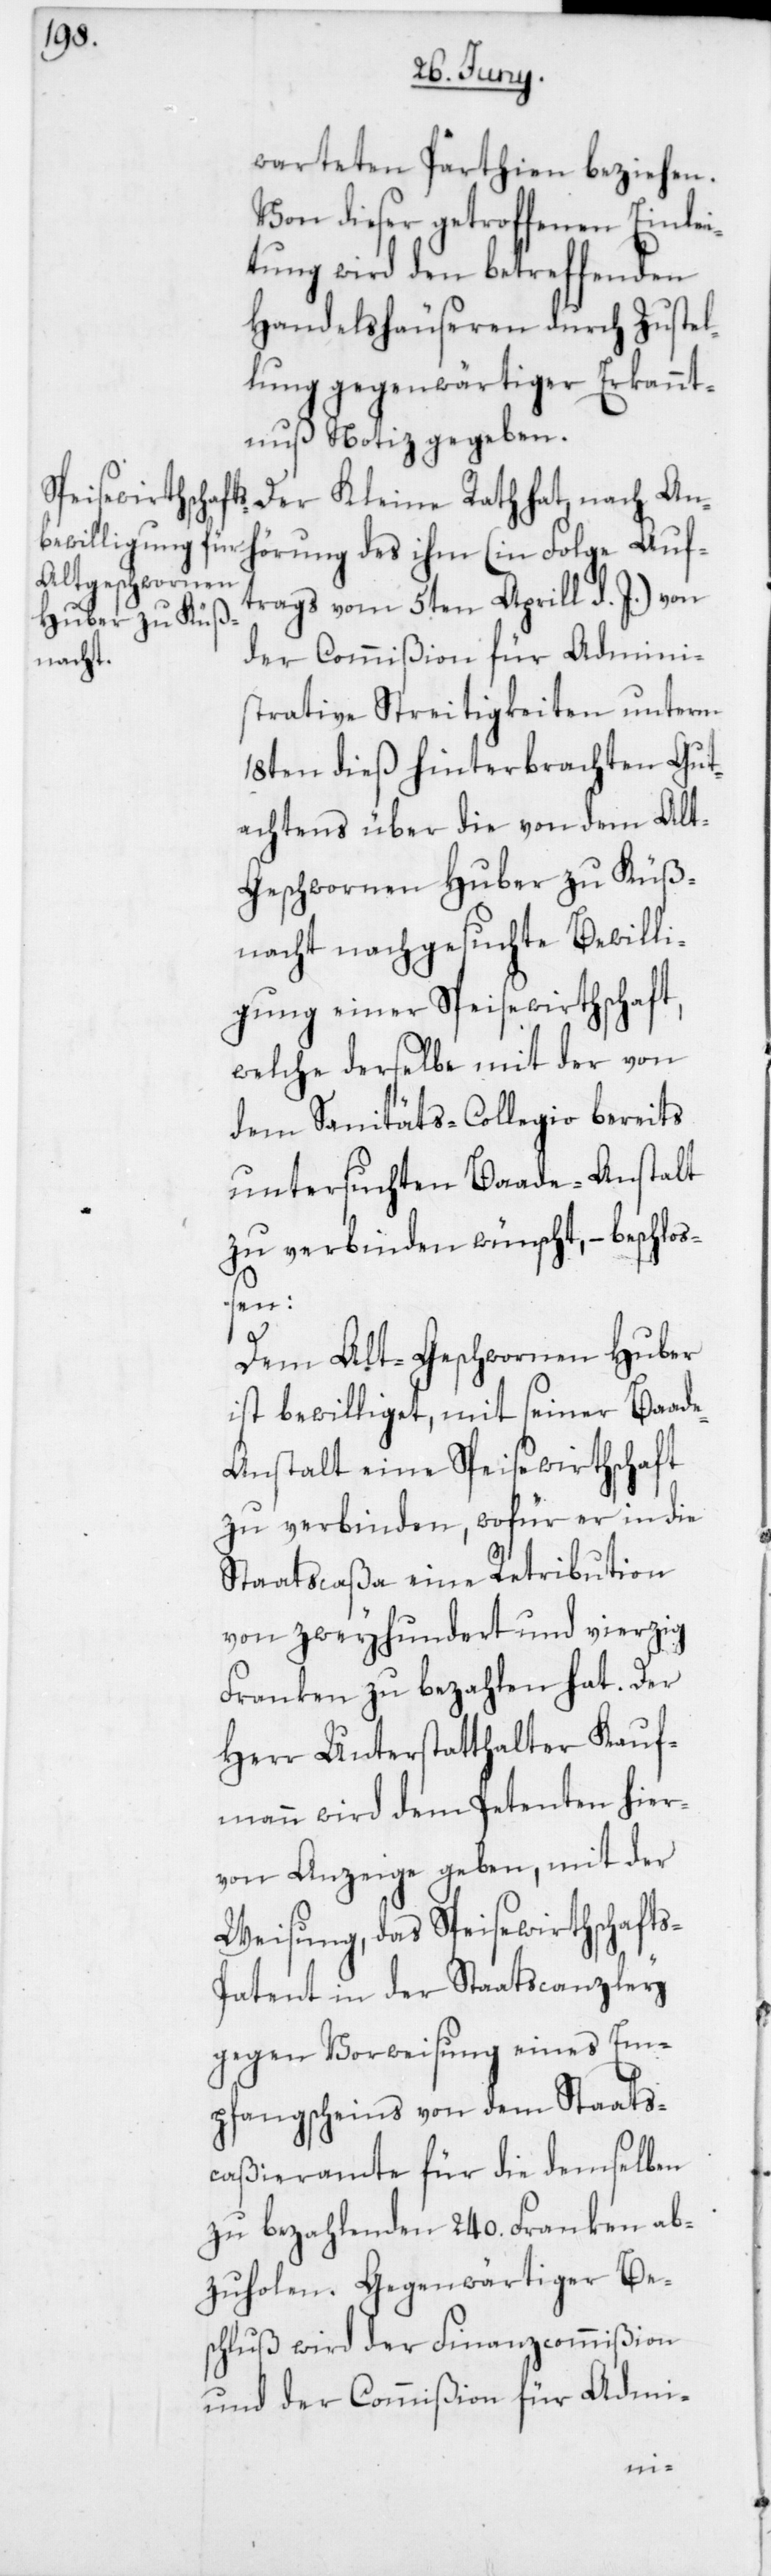
warteten Parthien beziehen.
Von dieser getroffenen Einlei¬
tung wird den betreffenden
Handelshäuseren durch Zustel¬
lung gegenwärtiger Erkannt¬
nuß Notiz gegeben.
Der Kleine Rath hat nach An¬
hörung des ihm (in Folge Auf¬
trags vom 5ten Aprill d. J.) von
der Commißion für Admini¬
strative Streitigkeiten unterm
18ten dieß hinterbrachten Gut¬
achtens über die von dem Alt-G¬
eschwornen Huber zu Küß¬
nacht nachgesuchte Bewilli¬
gung einer Speisewirthschaft,
welche derselbe mit der von
dem Sanitäts-Collegio bereits
untersuchten Baade-Anstalt
zu verbinden wünscht, – beschloß¬
en:
Dem Alt-Geschwornen Huber
ist bewilliget, mit seiner Baad¬
e-Anstalt eine Speisewirthschaft
zu verbinden, wofür er in die
Staatscaßa eine Retribution
von zweyhundertund vierzig
Franken zu bezahlen hat. Der
Herr Unterstatthalter Kauf¬
mann wird dem Petenten hier¬
von Anzeige geben, mit der
Weisung, das Speisewirthschaft¬
s-Patent in der Staatscanzley
gegen Vorweisung eines Em¬
pfangsscheins von dem Staats¬
caßieramte für die demselben
zu bezahlenden 240. Franken ab¬
zuholen. Gegenwärtiger Be¬
schluß wird der Finanzcommißion
und der Commißion für Admi-